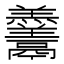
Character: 𱆓